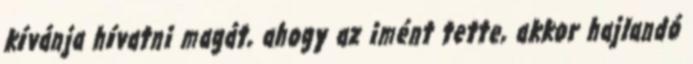
kívánja hívatni magát, ahogy az imént tette, akkor hajlandó